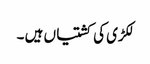
لکڑی کی کشتیاں ہیں ۔